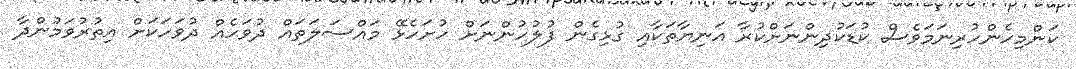
ކަންމިހެންހުރިނަމަވެސް ކުޑަކުދިންނަށްކުރާ އަނިޔާތަކާއި ގުޅިގެން ފުލުހުންނަށް ހުށަހެޅޭ މައްސަލަތައް ދުވަހެއް ދުވަހަކަށް އިތުރުވަމުންދާ